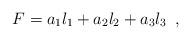
LaTeX: \begin{align*}F=a_1l_1+a_2l_2+a_3l_3 \,\,\, , \end{align*}